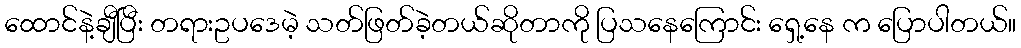
ထောင်နဲ့ချီပြီး တရားဥပဒေမဲ့ သတ်ဖြတ်ခဲ့တယ်ဆိုတာကို ပြသနေကြောင်း ရှေ့နေ က ပြောပါတယ်။